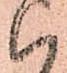
ハ